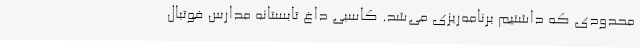
محدودی که داشتیم برنامه‌ریزی می‌شد. کاسبی داغ تابستانه مدارس فوتبال